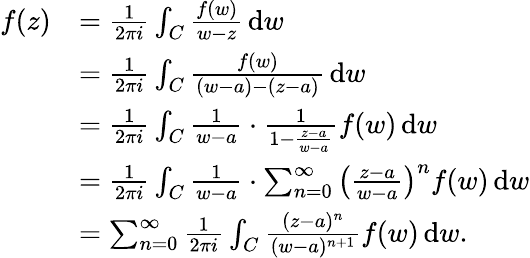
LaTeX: {\begin{array}{rl}{f(z)}&{={\frac{1}{2\pi i}}\int_{C}{\frac{f(w)}{w-z}}\, \mathrm{d}w}\\ &{={\frac{1}{2\pi i}}\int_{C}{\frac{f(w)}{(w-a)-(z-a)}}\, \mathrm{d}w}\\ &{={\frac{1}{2\pi i}}\int_{C}{\frac{1}{w-a}}\cdot{\frac{1}{1-{\frac{z-a}{w-a}}}}f(w)\, \mathrm{d}w}\\ &{={\frac{1}{2\pi i}}\int_{C}{\frac{1}{w-a}}\cdot{\sum_{n=0}^{\infty}\left({\frac{z-a}{w-a}}\right)^{n}}f(w)\, \mathrm{d}w}\\ &{=\sum_{n=0}^{\infty}{\frac{1}{2\pi i}}\int_{C}{\frac{(z-a)^{n}}{(w-a)^{n+1}}}f(w)\, \mathrm{d}w.}\end{array}}